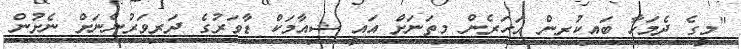
''މީގެ ދެމަހާ ބައިކުރިން އަހަރެން މިތަނަށް އައީ ޝިއާމަކް ޑާވަރުގެ ދަރިވަރުންނަށް ނެށުން